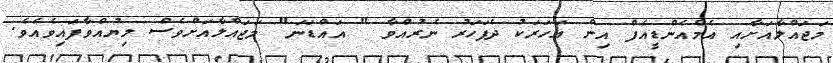
މަޖައްލާއަށާއި އެމްއެންޑީއެފް އިން އަހަރަކު ދެފަހަރު ނެރުއްވާ " އައްޑަނަ" މަޖައްލާއަށްވެސް ލިޔުއްވާފައިވެއެވެ.